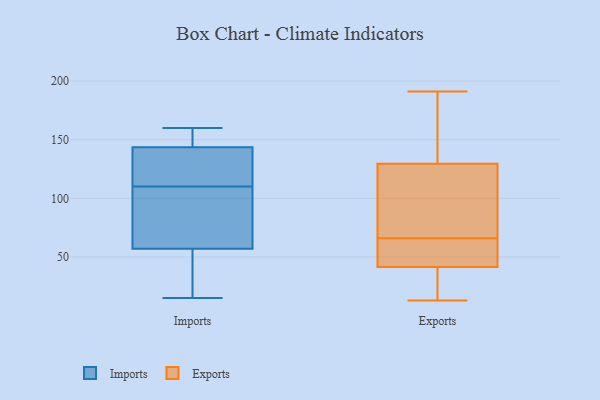
{"axis": {"x": "Population (Million)", "y": "Value"}, "legend": ["Exports", "Imports"], "data": [{"x": "", "y": 110, "type": "Imports"}, {"x": "", "y": 110, "type": "Imports"}, {"x": "", "y": 98, "type": "Imports"}, {"x": "", "y": 151, "type": "Imports"}, {"x": "", "y": 148, "type": "Imports"}, {"x": "", "y": 58, "type": "Imports"}, {"x": "", "y": 54, "type": "Imports"}, {"x": "", "y": 26, "type": "Imports"}, {"x": "", "y": 135, "type": "Imports"}, {"x": "", "y": 160, "type": "Imports"}, {"x": "", "y": 105, "type": "Imports"}, {"x": "", "y": 15, "type": "Imports"}, {"x": "", "y": 142, "type": "Imports"}, {"x": "", "y": 132, "type": "Exports"}, {"x": "", "y": 46, "type": "Exports"}, {"x": "", "y": 13, "type": "Exports"}, {"x": "", "y": 22, "type": "Exports"}, {"x": "", "y": 19, "type": "Exports"}, {"x": "", "y": 119, "type": "Exports"}, {"x": "", "y": 59, "type": "Exports"}, {"x": "", "y": 46, "type": "Exports"}, {"x": "", "y": 127, "type": "Exports"}, {"x": "", "y": 37, "type": "Exports"}, {"x": "", "y": 55, "type": "Exports"}, {"x": "", "y": 73, "type": "Exports"}, {"x": "", "y": 83, "type": "Exports"}, {"x": "", "y": 191, "type": "Exports"}, {"x": "", "y": 174, "type": "Exports"}, {"x": "", "y": 161, "type": "Exports"}]}